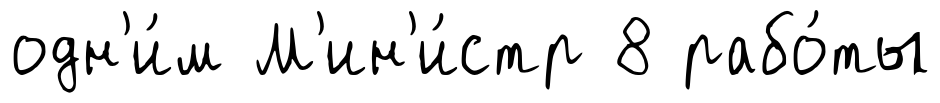
одн'и́м М'ин'и́стр 8 рабо́ты